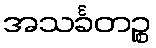
အသင်္ခတဉ္စ